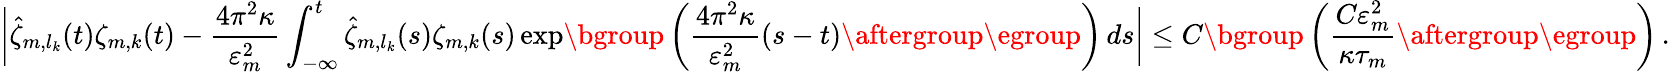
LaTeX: \biggl|\hat{\zeta}_{m,l_{k}}(t)\zeta_{m,k}(t)-\frac{4\pi^{2}\kappa}{\varepsilon_{m}^{2}}\int_{-\infty}^{t}\hat{\zeta}_{m,l_{k}}(s)\zeta_{m,k}(s)\exp\mathopen{}\mathclose\bgroup\left(\frac{4\pi^{2}\kappa}{\varepsilon_{m}^{2}}(s-t)\aftergroup\egroup\right)\, ds\biggr|\leq C\mathopen{}\mathclose\bgroup\left(\frac{C\varepsilon_{m}^{2}}{\kappa\tau_{m}}\aftergroup\egroup\right)\, .